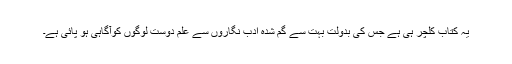
یہ کتاب کلچر ہی ہے جس کی بدولت بہت سے گُم شدہ ادب نگاروں سے علم دوست لوگوں کوآگاہی ہو پائی ہے۔